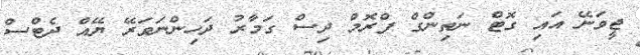
ޖީވަނޭ އައި ގޮޓް ނަތިންގް ފްރޮމް ދިސް ގަމާރު ދަހިންނަވަރޭ ޔޭއް ދެޓްސް